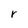
Character: r